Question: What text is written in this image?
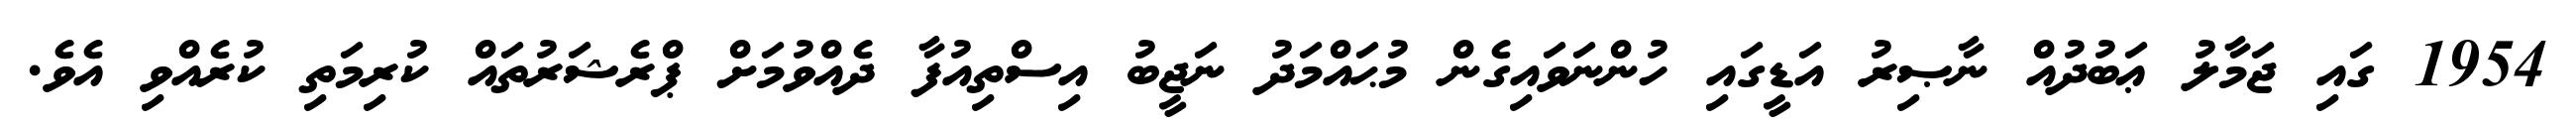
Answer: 1954 ގައި ޖަމާލު ޢަބުދުއް ނާޞިރު އަޑީގައި ހުންނަވައިގެން މުޙައްމަދު ނަޖީބު އިސްތިއުފާ ދެއްވުމަށް ޕްރެޝަރުތައް ކުރިމަތި ކުރެއްވި އެވެ.